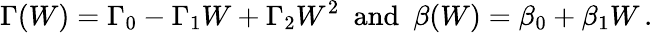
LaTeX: \Gamma(W)=\Gamma_{0}-\Gamma_{1}W+\Gamma_{2}W^{2}\mathrm{\ \ and\ \ }\beta(W)=\beta_{0}+\beta_{1}W\, .